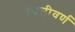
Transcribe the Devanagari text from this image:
स्वतीवर्ण